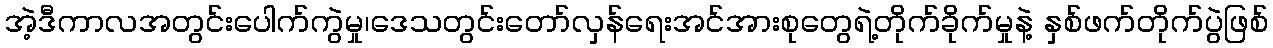
အဲ့ဒီကာလအတွင်းပေါက်ကွဲမှု၊ဒေသတွင်းတော်လှန်ရေးအင်အားစုတွေရဲ့တိုက်ခိုက်မှုနဲ့ နှစ်ဖက်တိုက်ပွဲဖြစ်